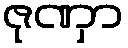
ဇုဏှာ